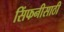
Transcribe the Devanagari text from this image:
सिंफनीसाठी